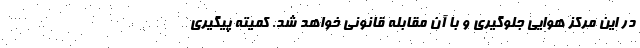
در این مرکز هوایی جلوگیری و با آن مقابله قانونی خواهد شد. کمیته پیگیری